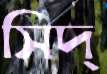
সিদ্